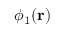
\phi _ { 1 } ( \mathbf { r } )